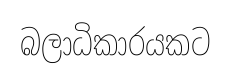
බලාධිකාරයකට